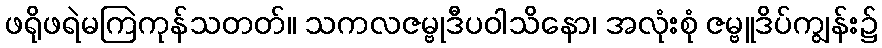
ဖရိုဖရဲမကြဲကုန်သတတ်။ သကလဇမ္ဗုဒီပဝါသိနော၊ အလုံးစုံ ဇမ္ဗူဒိပ်ကျွန်း၌